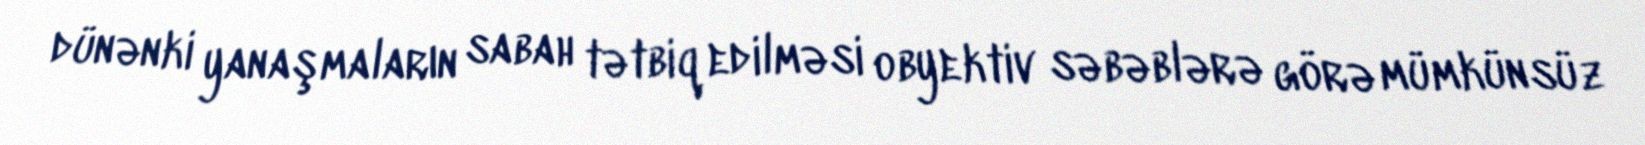
dünənki yanaşmaların sabah tətbiq edilməsi obyektiv səbəblərə görə mümkünsüz